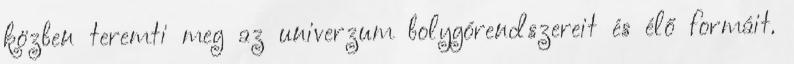
közben teremti meg az univerzum bolygórendszereit és élő formáit.